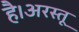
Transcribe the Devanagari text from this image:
है।अरस्तू